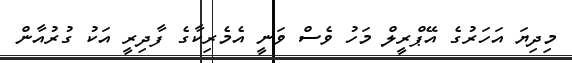
މިދިޔަ އަހަރުގެ އޭޕްރީލް މަހު ވެސް ވަނީ އެމެރިކާގެ ފާދިރީ އަކު ގުރުއާން